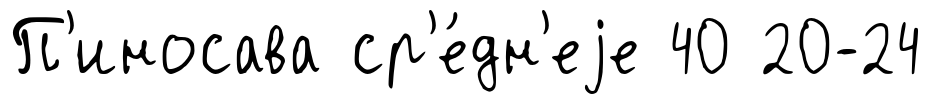
П'иносава ср'е́дн'еjе 40 20-24